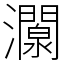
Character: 灁